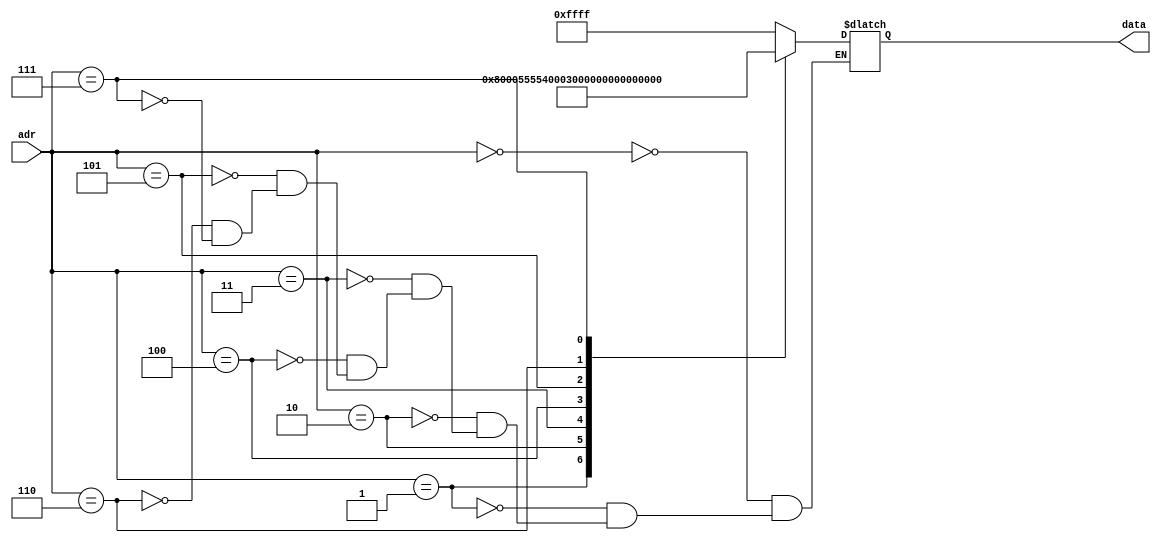
module LUT (input [3:0] adr, output [15:0] data);
reg [15:0] datat;
	always @(adr) begin
		case(adr)
			0: datat = 16'hFFFF;
			1: datat = 16'h8000;//1/2
			2: datat = 16'h5555;//1/3
			3: datat = 16'h4000;// 1/4
			4: datat = 16'h3333;// 1/5
			5: datat = 16'h2AAA;// 1/6
			6: datat = 16'h2492;// 1/7
			7: datat = 16'h2000;// 1/8
		endcase
	end
assign data = datat;
endmodule